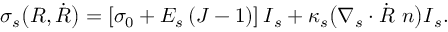
\boldsymbol { \sigma } _ { s } \bigl ( R , \dot { R } \bigr ) = \left[ \sigma _ { 0 } + E _ { s } \left( J - 1 \right) \right] \boldsymbol { I } _ { s } + \kappa _ { s } \bigl ( \nabla _ { s } \cdot \dot { R } \ { \boldsymbol { n } } \bigr ) \boldsymbol { I } _ { s } .